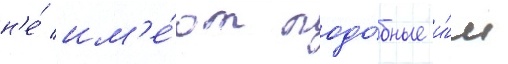
н'е́ им'е́ют подо́бные и́м